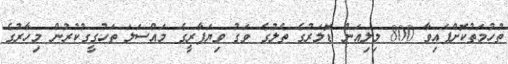
ތުހުމަތުކޮށްފައިވާ 800 މިލިއަން ޑޮލަރުގެ ތެލުގެ ވަގު ވިޔަފާރީގެ މައްސަލަ ތަހުގީގުކުރުން މިހާރުގެ